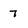
Character: 7